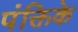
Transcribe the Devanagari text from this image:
पंक्तिके